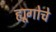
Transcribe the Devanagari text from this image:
ह्यूगोचे